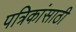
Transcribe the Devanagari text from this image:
पत्रिकांसाठी